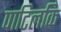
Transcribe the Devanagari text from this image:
पाटिलकि